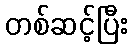
တစ်ဆင့်ပြီး